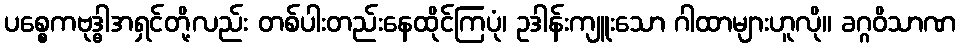
ပစ္စေကဗုဒ္ဓါအရှင်တို့လည်း တစ်ပါးတည်းနေထိုင်ကြပုံ၊ ဥဒါန်းကျူးသော ဂါထာများဟူလို။ ခဂ္ဂဝိသာဏ